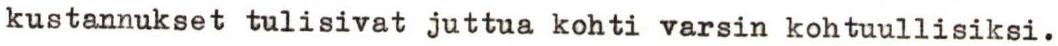
kustannukset tulisivat juttua kohti varsin kohtuullisiksi.